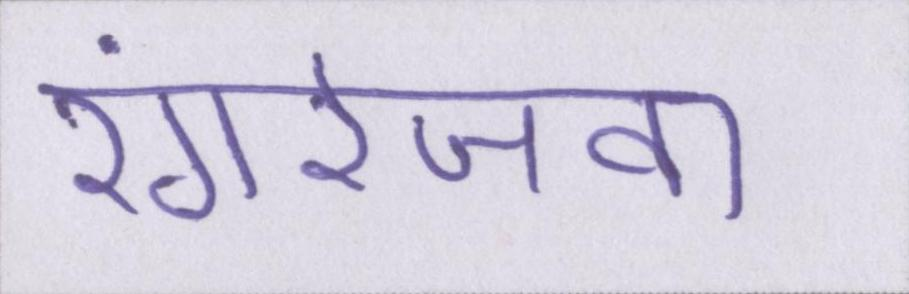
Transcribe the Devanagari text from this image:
रंगरेजवा